Regulations for the medical services of the Army of India
Year: 1930
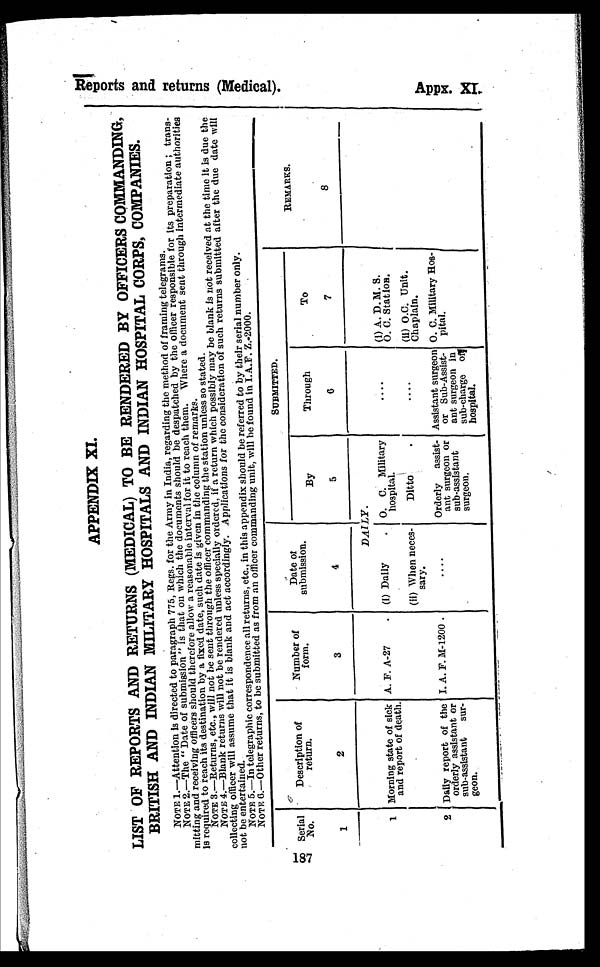
R o p o r t s a n d r e t u r n s ( M e d i c a l ) .
187
APPENDIX XI.
LIST OF REPORTS AND RETURNS (MEDICAL) TO BE RENDERED BY OFFICERS COMMANDING,
BRITISH AND INDIAN MILITARY HOSPITALS AND INDIAN HOSPITAL CORPS, COMPANIES.
NOTE 1.—Attention is directed to paragraph 775, Regs. for the Army in India, regarding the method of framing telegrams.
NOTE 2.—The " Date of submission " is that on which the documents should be despatched by the officer responsible for its preparation ; trans-
mitting and receiving officers should therefore allow a reasonable interval for it to reach them. Where a document sent through intermediate authorities
is required to reach its destination by a fixed date, such date is given in the column of remarks.
NOTE 3.—Returns, etc., will not be sent through the officer commanding the station unless so stated.
NOTE 4.—Blank returns will not be rendered unless specially ordered, if a return which possibly may be blank is not received at the time it is due the
collecting officer will assume that it is blank and act accordingly. Applications for the consideration of such returns submitted after the due date will
not be entertained.
NOTE 5.—In telegraphic correspondence all returns, etc., in this appendix should be referred to by their serial number only.
NOTE 6.—Other returns, to be submitted as from an officer commanding unit, will be found in I.A.F. Z.-2000.
Serial
No.
Description of
return.
Number of
form.
Date of
submission.
SUBMITTED.
REMARKS.
By
Through
To
1
2
3
4
5
6
7
8
DAILY.
1 Morning state of sick
and report of death.
A. F. A-27
(i) Daily
O. C. Military
hospital.
. . . .
(i) A. D. M. S.
O. C. Station.
(ii) When
n i e c e s ¬ s a r y .
Ditto
. . . .
(ii) O. C. Unit.
Chaplain.
2. Daily report of the
orderly assistant or
sub-assistant sur
¬geon.
I. A. F. M-1200 .
. . . .
Orderly assist
¬ant surgeon or
sub-assistant
surgeon.
Assistant surgeon
or Sub-Assist
¬ant surgeon in
sub-charge o
f hospital.
O. C. Military
Hos¬pital.
Ap p x . XI .